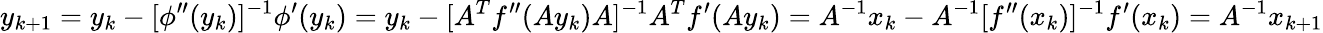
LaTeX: y_{k+1}=y_{k}-[\phi^{\prime\prime}(y_{k})]^{-1}\phi^{\prime}(y_{k})=y_{k}-[A^{T}f^{\prime\prime}(Ay_{k})A]^{-1}A^{T}f^{\prime}(Ay_{k})=A^{-1}x_{k}-A^{-1}[f^{\prime\prime}(x_{k})]^{-1}f^{\prime}(x_{k})=A^{-1}x_{k+1}